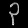
Digit: ၃